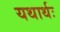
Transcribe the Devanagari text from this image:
यथार्थः